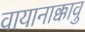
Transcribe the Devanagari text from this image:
वायानाक्कावु